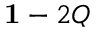
{ \bf 1 } - 2 Q